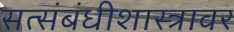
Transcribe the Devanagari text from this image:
सत्संबंधीशास्त्रावर